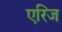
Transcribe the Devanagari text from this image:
एरिज